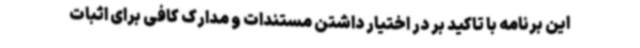
این برنامه با تاکید بر در اختیار داشتن مستندات و مدارک کافی برای اثبات